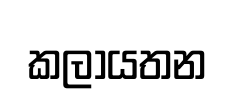
කලායතන